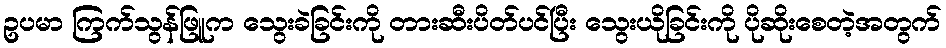
ဥပမာ ကြက်သွန်ဖြူက သွေးခဲခြင်းကို တားဆီးပိတ်ပင်ပြီး သွေးယိုခြင်းကို ပိုဆိုးစေတဲ့အတွက်